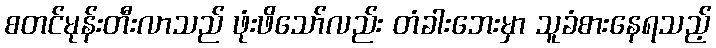
စတင်မုန်းတီးလာသည် ဖုံးဖိသော်လည်း တံခါးဘေးမှာ သူခံစားနေရသည့်